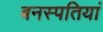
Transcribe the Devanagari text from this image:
बनस्पतियां